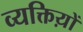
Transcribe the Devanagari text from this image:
व्यक्तिय़ों